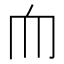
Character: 𦓐